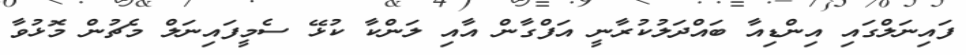
ފައިނަލްގައި އިންޑިއާ ބައްދަލުކުރާނީ އަފްގާން އާއި ލަންކާ ކުޅޭ ސެމީފައިނަލް މެޗުން މޮޅުވާ